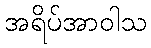
အရိပ်အာဝါသ